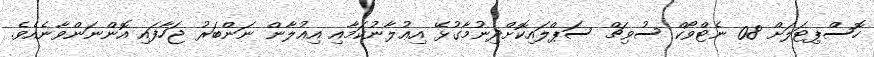
ހޮސްޕިޓަަލަށް 08 ނެޓްވޯކް ސުވިޗް ސަޕްލައިކޮށްދިނުމާގުޅޭ އިޢުލާނުކަމާއި އިޢުލާން ނަންބަރު ޖަހާފައި އޮންނަންވާނެއެވެ.